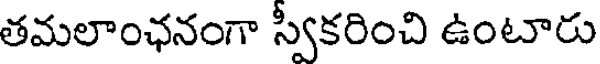
తమలాంఛనంగా స్వీకరించి ఉంటారు